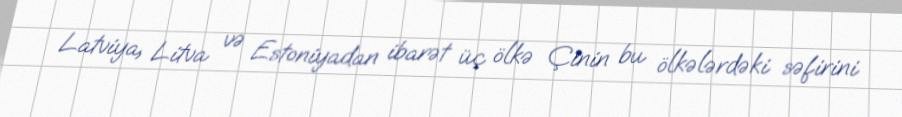
Latviya, Litva və Estoniyadan ibarət üç ölkə Çinin bu ölkələrdəki səfirini